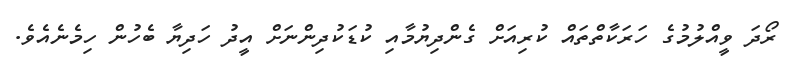
ރޯދަ ވީއްލުމުގެ ހަރަކާތްތައް ކުރިއަށް ގެންދިޔުމާއި ކުޑަކުދިންނަށް އީދު ހަދިޔާ ބެހުން ހިމެނެއެވެ.